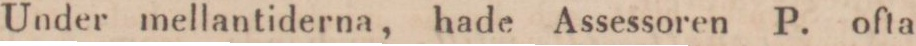
Under mellantiderna, hade Assessoren P. ofta